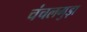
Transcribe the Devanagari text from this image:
चंचलगुड़ा